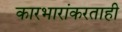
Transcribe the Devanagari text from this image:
कारभारांकरताही